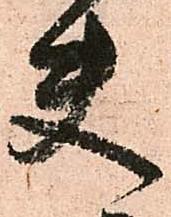
夫